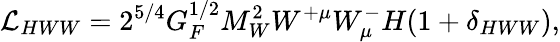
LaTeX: {\cal\mathcal{L}}_{HWW}=2^{5/4}G_{F}^{1/2}M_{W}^{2}W^{+\mu}W_{\mu}^{-}H(1+\delta_{HWW}),